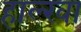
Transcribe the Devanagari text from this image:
हाल्खा